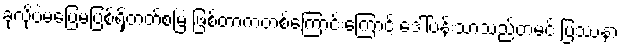
ခုလိုပဲမပြေမပြစ်ရှိတတ်စမြဲ ဖြစ်တာကတစ်ကြောင်းကြောင့် ဒေါ်ပန်းသာသည်တမင် ပြဿနာ